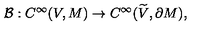
{ \cal B } : C ^ { \infty } ( V , M ) \rightarrow C ^ { \infty } ( { \widetilde V } , { \partial M } ) ,